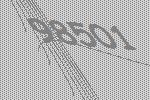
98501